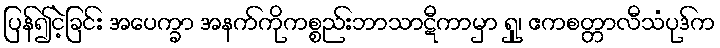
ပြန်၍ငဲ့ခြင်း အပေက္ခာ အနက်ကိုကစ္စည်းဘာသာဋီကာမှာ ရှု၊ ဧကစတ္တာလီသံပုဒ်က